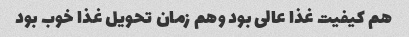
هم کیفیت غذا عالی بود و‌هم زمان تحویل غذا خوب بود